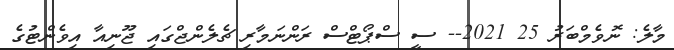
މާލެ: ނޮވެމްބަރު 25 2021-- ސީ ސްޕޯޓްސް ރަންނަމާރި ޗެލެންޖްގައި ޖޫނިއާ އިވެންޓުގެ